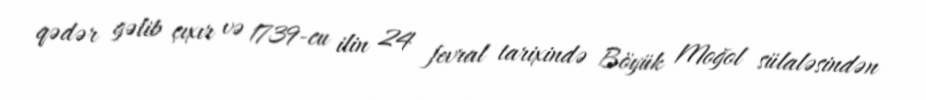
qədər gəlib çıxır və 1739-cu ilin 24 fevral tarixində Böyük Moğol sülaləsindən